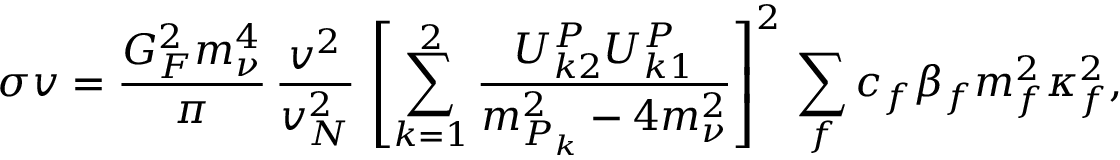
\sigma v = \frac { G _ { F } ^ { 2 } m _ { \nu } ^ { 4 } } { \pi } \, \frac { v ^ { 2 } } { v _ { N } ^ { 2 } } \, \left[ \sum _ { k = 1 } ^ { 2 } \frac { U _ { k 2 } ^ { P } U _ { k 1 } ^ { P } } { m _ { P _ { k } } ^ { 2 } - 4 m _ { \nu } ^ { 2 } } \right] ^ { 2 } \, \sum _ { f } c _ { f } \beta _ { f } m _ { f } ^ { 2 } \kappa _ { f } ^ { 2 } ,